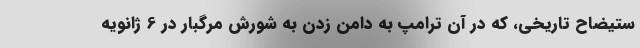
ستیضاح تاریخی، که در آن ترامپ به دامن زدن به شورش مرگبار در 6 ژانویه